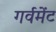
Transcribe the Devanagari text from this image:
गर्वमेंट